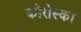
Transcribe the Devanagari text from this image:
कोरोस्का